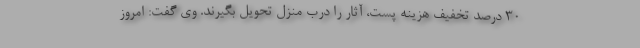
۳۰ درصد تخفیف هزینه پست، آثار را درب منزل تحویل بگیرند. وی گفت: امروز